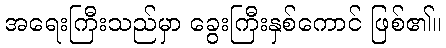
အရေးကြီးသည်မှာ ခွေးကြီးနှစ်ကောင် ဖြစ်၏။